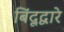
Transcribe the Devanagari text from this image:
बिंदूद्वारे